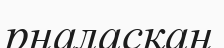
рналасқан